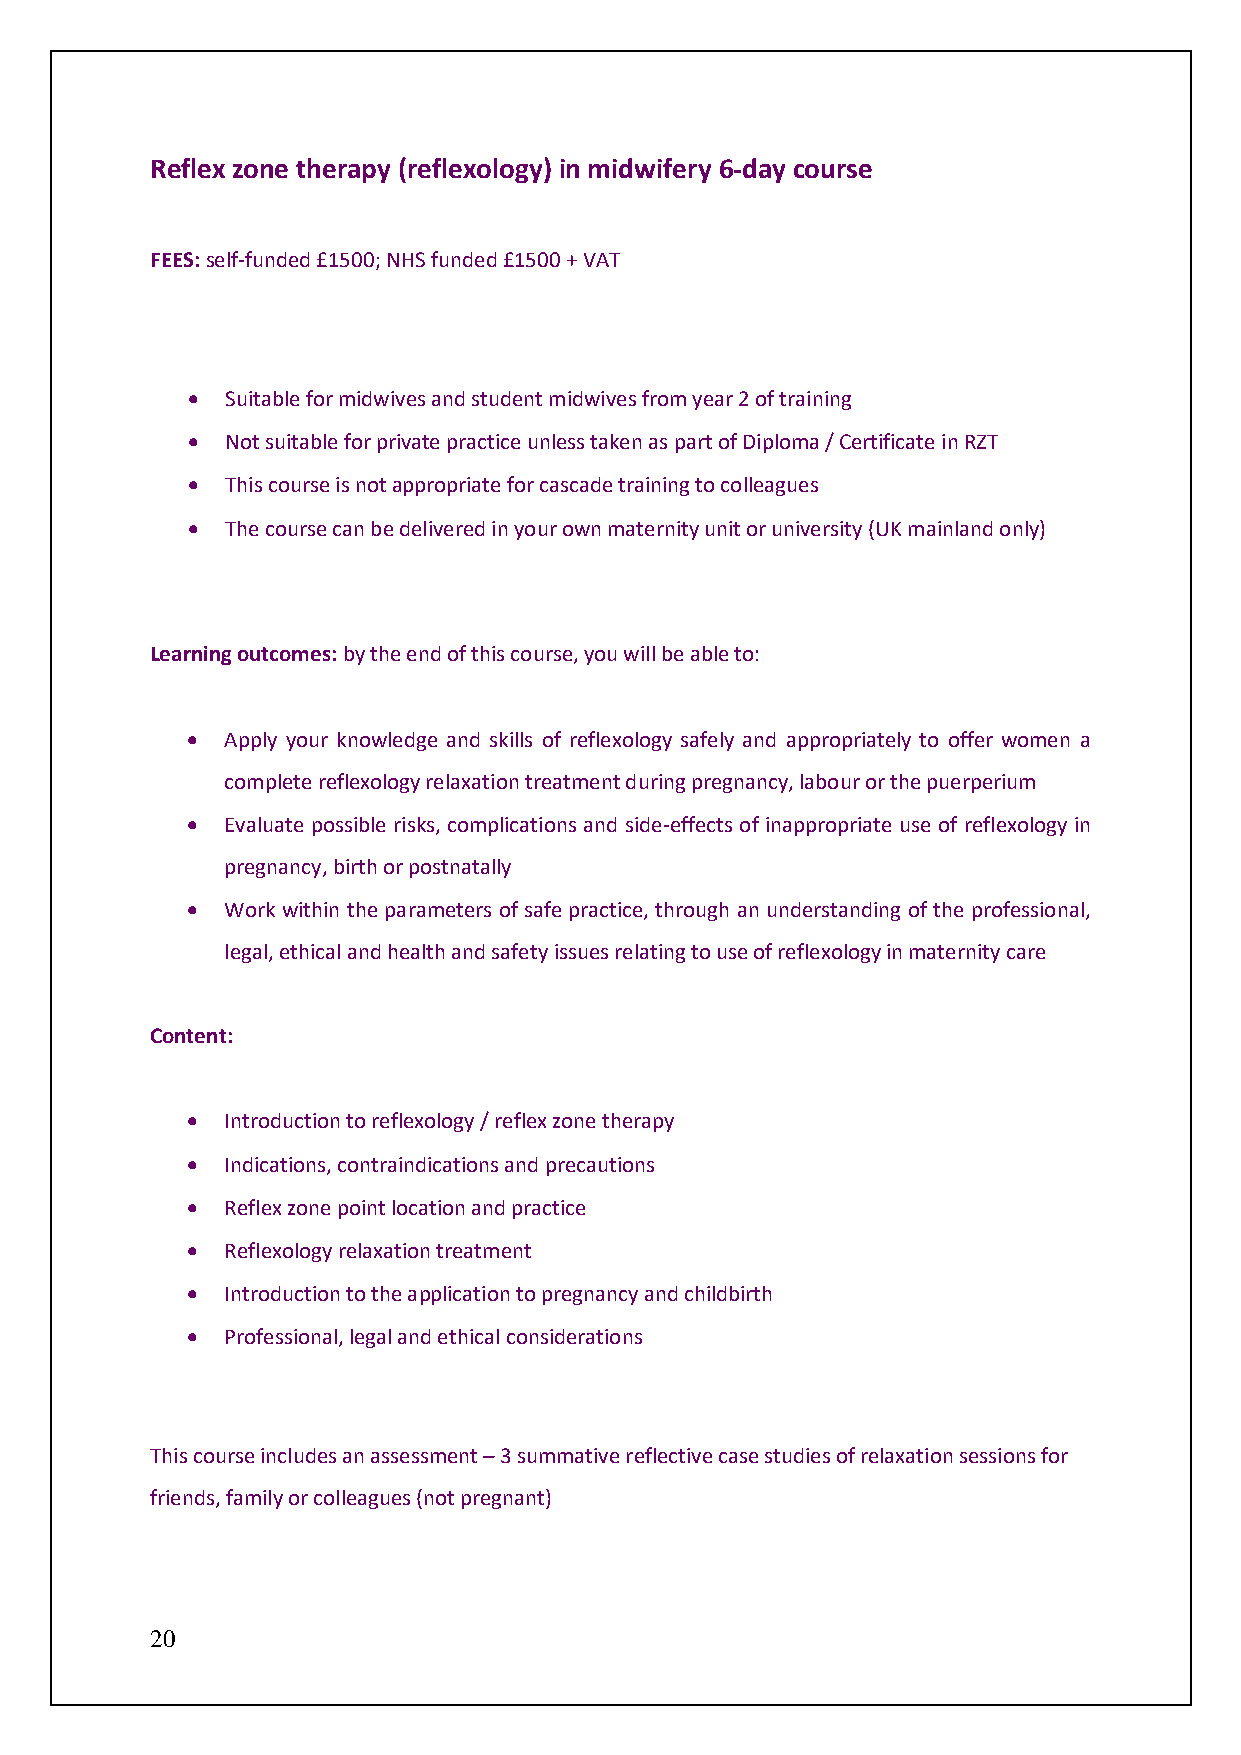
Reflex zone therapy (reflexology) in midwifery 6-day course
 FEES: self-funded £1500; NHS funded £1500 + VAT
 •  Suitable for midwives and student midwives from year 2 of training
 •  Not suitable for private practice unless taken as part of Diploma / Certificate in RZT
 •  This course is not appropriate for cascade training to colleagues
 •  The course can be delivered in your own maternity unit or university (UK mainland only)
 Learning outcomes: by the end of this course, you will be able to:
 •  Apply your knowledge and skills of reflexology safely and appropriately to offer women a
 complete reflexology relaxation treatment during pregnancy, labour or the puerperium
 •  Evaluate possible risks, complications and side-effects of inappropriate use of reflexology in
 pregnancy, birth or postnatally
 •  Work within the parameters of safe practice, through an understanding of the professional,
 legal, ethical and health and safety issues relating to use of reflexology in maternity care
 Content:
 •  Introduction to reflexology / reflex zone therapy
 •  Indications, contraindications and precautions
 •  Reflex zone point location and practice
 •  Reflexology relaxation treatment
 •  Introduction to the application to pregnancy and childbirth
 •  Professional, legal and ethical considerations
 This course includes an assessment – 3 summative reflective case studies of relaxation sessions for
 friends, family or colleagues (not pregnant)
 20